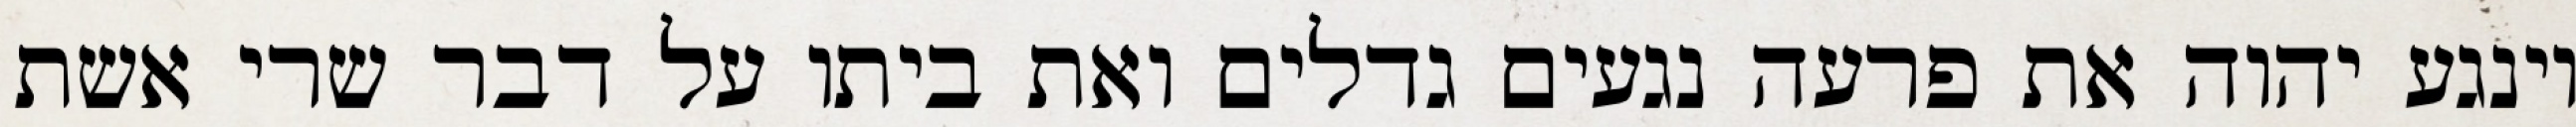
וינגע יהוה את פרעה נגעים גדלים ואת ביתו על דבר שרי אשת